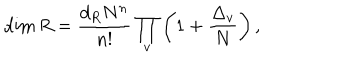
LaTeX: \dim R = { \frac { d _ { R } N ^ { n } } { n ! } } \prod _ { v } \left( 1 + { \frac { \Delta _ { v } } { N } } \right) ,